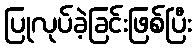
ပြုလုပ်ခဲ့ခြင်းဖြစ်ပြီး